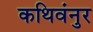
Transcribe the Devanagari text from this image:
कथिवंनुर